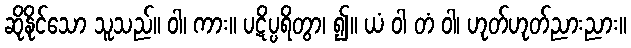
ဆိုနိုင်သော သူသည်။ ဝါ၊ ကား။ ပဋိပ္ပရိတွာ၊ ၍။ ယံ ဝါ တံ ဝါ၊ ဟုတ်ဟုတ်ညားညား။